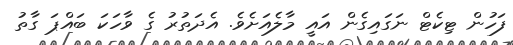
ފަހުން ޓިކެޓް ނަގައިގެން އައީ މާލެއަށެވެ. އެދަތުރު ގެ ވާހަކަ ބައްޕަ ގާތު